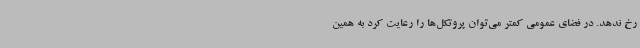
رخ ندهد. در فضای عمومی کمتر می‌توان پروتکل‌ها را رعایت کرد به همین